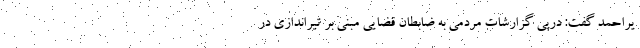
یراحمد گفت: درپی گزارشات مردمی به ضابطان قضایی مبنی بر تیراندازی در